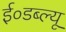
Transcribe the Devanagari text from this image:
ई०डब्ल्यू